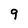
Character: 9